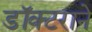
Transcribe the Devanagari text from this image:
डॉक्टराने